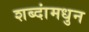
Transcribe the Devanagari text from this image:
शब्दांमधुन